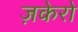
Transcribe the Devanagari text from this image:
ज़केरो